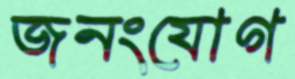
জনংযোগ